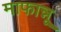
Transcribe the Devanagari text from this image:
माफान्नू